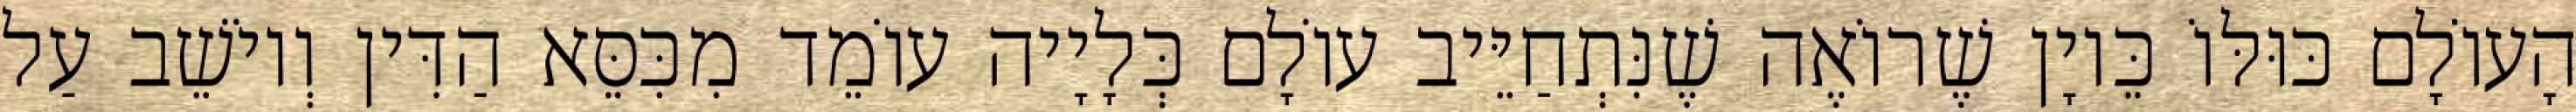
הָעוֹלָם כּוּלּוֹ כֵּיוָן שֶׁרוֹאֶה שֶׁנִּתְחַיֵּיב עוֹלָם כְּלָיָיה עוֹמֵד מִכִּסֵּא הַדִּין וְיוֹשֵׁב עַל